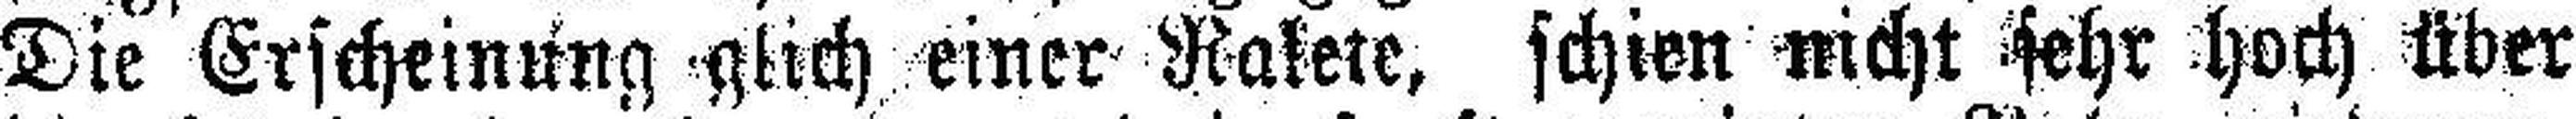
Die Erscheinung glich einer Ralete, schien nicht sehr hoch über